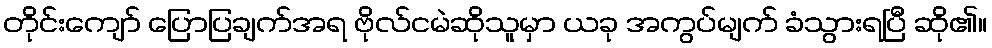
တိုင်းကျော် ပြောပြချက်အရ ဗိုလ်ငမဲဆိုသူမှာ ယခု အကွပ်မျက် ခံသွားရပြီ ဆို၏။